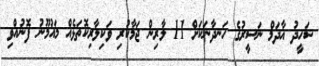
ޝަހީދު އާދަމް ނަސީރުގެ ހަނދާނަކަށް 11 ލާރިން ޖަމާކުރި ވަކިލާރިކޮތަޅެއް މައުމޫނު ފޮނުއްވި